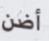
أضن